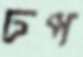
ঢপ